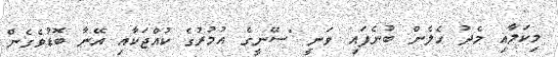
މިކަމާއި މެދު ހެލެން ބުނެފައި ވަނީ "ސޭނީގެ އުމުރުގެ ކުއްޖަކާއި އޭނާ ބޮޑުވެގެން